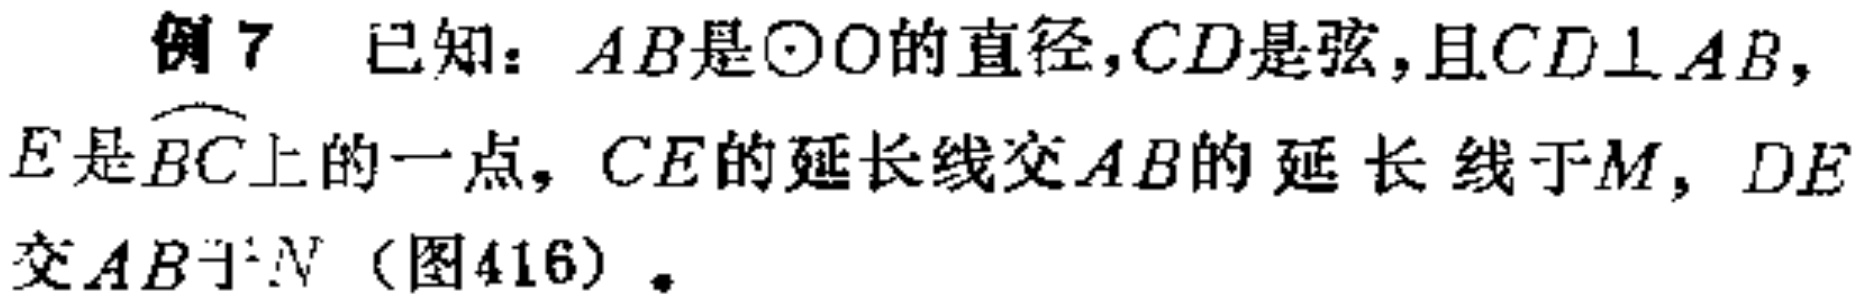
例7 已知：$AB$是$\odot O$的直径，$CD$是弦，且$CD\perp AB$，$E$是$\overset{\frown}{BC}$上的一点，$CE$的延长线交$AB$的延长线于$M$，$DE$交$AB$于$N$（图416）.